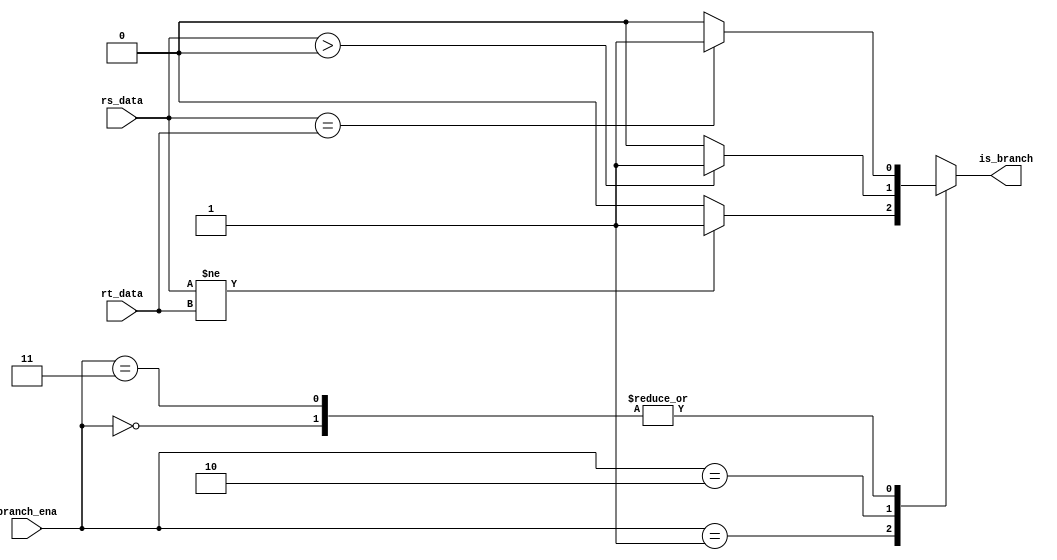
`timescale 1ns / 1ps
//////////////////////////////////////////////////////////////////////////////////
// Company: 
// Engineer: 
// 
// Design Name: 
// Module Name: ConfirmBranch
// Project Name: 
// Target Devices: 
// Tool Versions: 
// Description: 
// 
// Dependencies: 
// 
// Revision:
// Revision 0.01 - File Created
// Additional Comments:
// 
//////////////////////////////////////////////////////////////////////////////////


module ConfirmBranch(
    input [31:0] rs_data,
    input [31:0] rt_data,
    input [1:0] branch_ena,
    output reg is_branch
    );

    always @ (*)begin
        case (branch_ena) 
            2'b00:begin//beq
                if(rs_data == rt_data) is_branch <= 1'b1;
                else is_branch <= 1'b0;
            end
            2'b01:begin//bne
                if(rs_data != rt_data) is_branch <= 1'b1;
                else is_branch <= 1'b0;
            end
            2'b10:begin//bgez
                if(rs_data > 32'b0) is_branch <= 1'b1;
                else is_branch <= 1'b0;
            end
            2'b11:begin//teq
                if(rs_data == rt_data) is_branch <= 1'b1;
                else is_branch <= 1'b0;
            end
            default: is_branch <= 1'bx;

        endcase
    end

endmodule